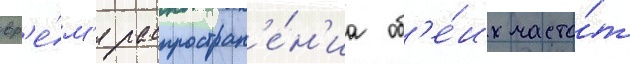
вр'е́м'я распростран'е́н'иа об'е́их часто́т